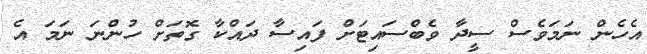
އެހެން ނަމަވެސް ސީދާ ވެބްސައިޓަށް ފައިސާ ދައްކާ ގޮތަށް ހުންނަ ނަމަ އެ